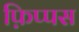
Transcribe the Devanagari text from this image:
फ़िप्पस